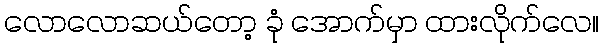
လောလောဆယ်တော့ ခုံ အောက်မှာ ထားလိုက်လေ။